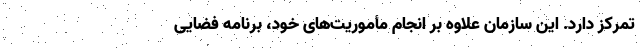
تمرکز دارد. این سازمان علاوه بر انجام مأموریت‌های خود، برنامه فضایی